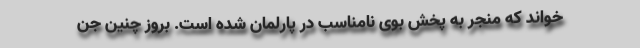
خواند که منجر به پخش بوی نامناسب در پارلمان شده است. بروز چنین جن